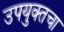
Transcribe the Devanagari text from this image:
उपयुक्तचा